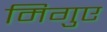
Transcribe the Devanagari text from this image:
मिगुए